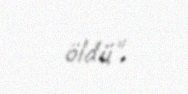
öldü".